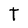
Character: T